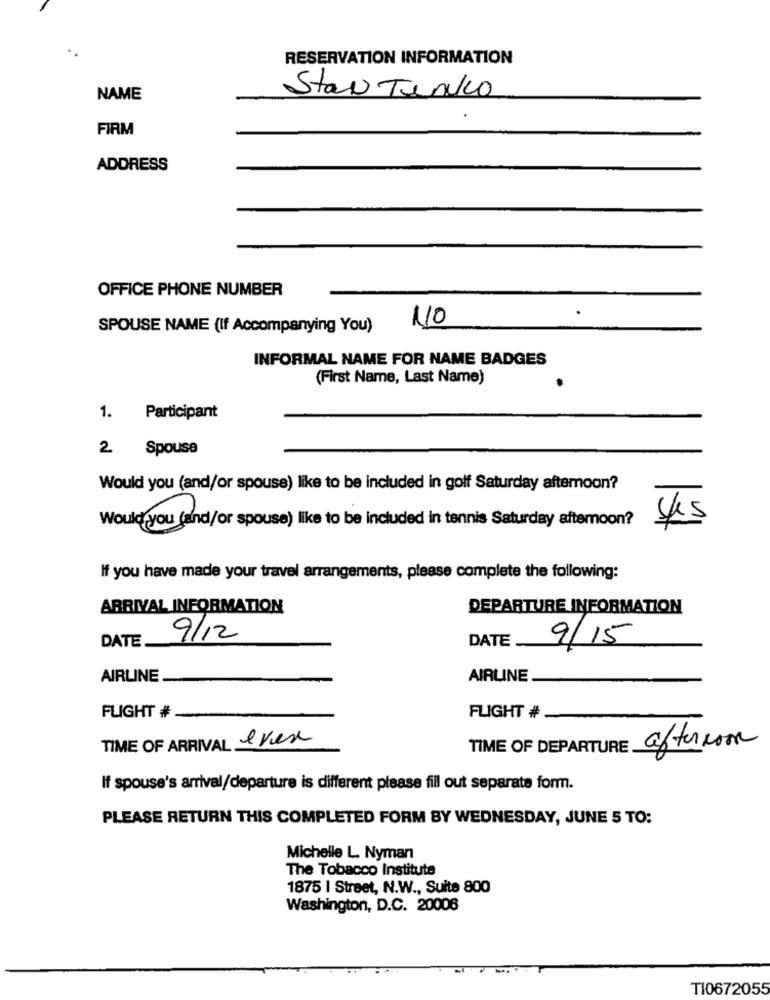
RESERVATION INFORMATION
NAME
Stan Tenko
FIRM
ADDRESS
OFFICE PHONE NUMBER
110
SPOUSE NAME (If Accompanying You)
INFORMAL NAME FOR NAME BADGES
(First Name, Last Name)
1. Participant
2 Spouse
Would you (and/or spouse) like to be included in golf Saturday afternoon?
Would you (and/or spouse) like to be included in tennis Saturday afternoon?
Yes
If you have made your travel arrangements, please complete the following:
ARRIVAL INFORMATION
DEPARTURE INFORMATION
DATE
9/12
DATE
9/15
AIRLINE
AIRLINE
FLIGHT #
FLIGHT #
TIME OF ARRIVAL ever
afternoon
TIME OF DEPARTURE
If spouse's arrival/departure is different please fill out separate form.
PLEASE RETURN THIS COMPLETED FORM BY WEDNESDAY, JUNE 5 TO:
Michelle L. Nyman
The Tobacco Institute
1875 | Street, N.W ., Suite 800
Washington, D.C. 20006
TI0672055